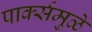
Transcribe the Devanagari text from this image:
पार्क्समुळे